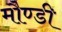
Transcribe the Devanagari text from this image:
मौण्डी